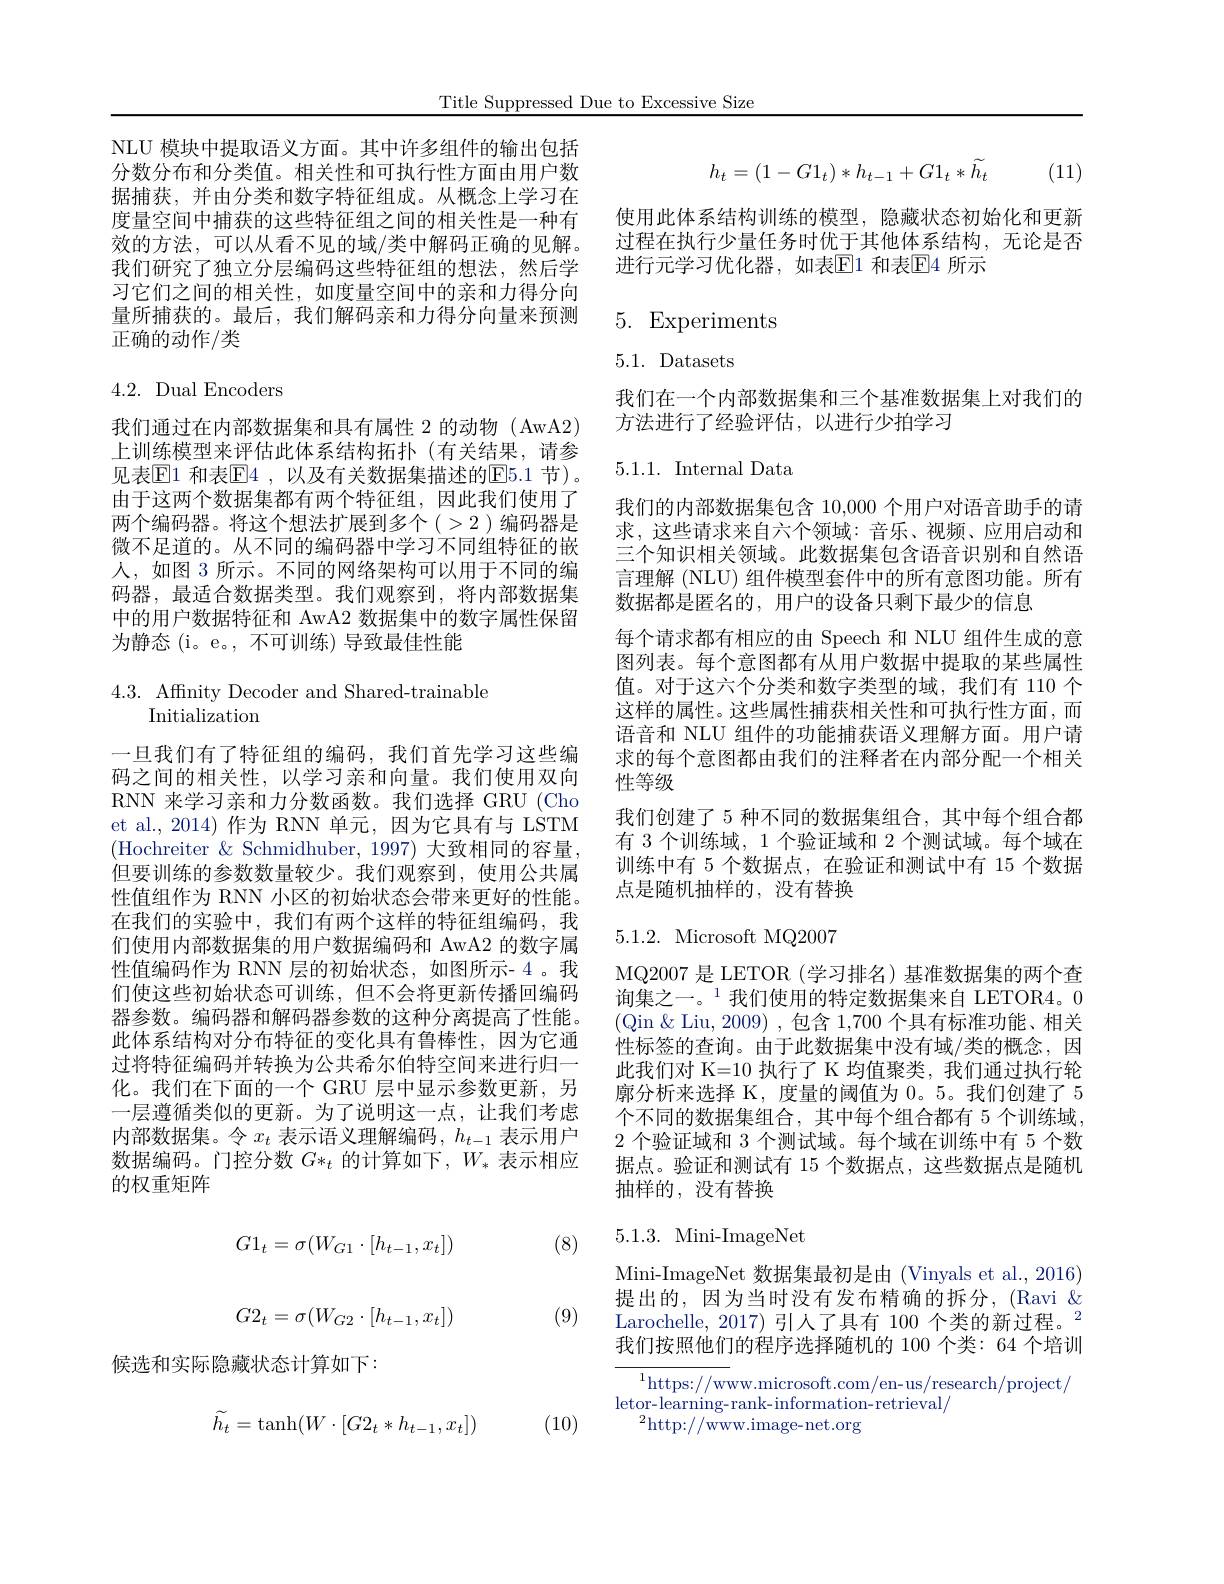
Title Suppressed Due to Excessive Size

NLU 模块中提取语义方面。其中许多组件的输出包括分数分布和分类值。相关性和可执行性方面由用户数据捕获，并由分类和数字特征组成。从概念上学习在度量空间中捕获的这些特征组之间的相关性是一种有效的方法，可以从看不见的域/类中解码正确的见解。我们研究了独立分层编码这些特征组的想法，然后学习它们之间的相关性，如度量空间中的亲和力得分向量所捕获的。最后，我们解码亲和力得分向量来预测正确的动作/类

## 4.2. Dual Encoders

我们通过在内部数据集和具有属性 2 的动物 (AwA2) 上训练模型来评估此体系结构拓扑(有关结果，请参见表$\mathbb{E}1$ 和表$\mathbb{E}4$, 以及有关数据集描述的$\mathbb{E}5.1$ 节)。由于这两个数据集都有两个特征组，因此我们使用了两个编码器。将这个想法扩展到多个(>2)编码器是微不足道的。从不同的编码器中学习不同组特征的嵌人，如图 3 所示。不同的网络架构可以用于不同的编码器，最适合数据类型。我们观察到，将内部数据集中的用户数据特征和 AwA2 数据集中的数字属性保留为静态(i。e。,不可训练)导致最佳性能

4.3. Affinity Decoder and Shared-trainable
Initialization

一旦我们有了特征组的编码，我们首先学习这些编码之间的相关性，以学习亲和向量。我们使用双向RNN 来学习亲和力分数函数。我们选择 GRU (Cho et al., 2014) 作为 RNN 单元，因为它具有与 LSTM (Hochreiter $\&$ Schmidhuber, 1997) 大致相同的容量但要训练的参数数量较少。我们观察到，使用公共属性值组作为 RNN 小区的初始状态会带来更好的性能。在我们的实验中，我们有两个这样的特征组编码，我们使用内部数据集的用户数据编码和 AwA2 的数字属性值编码作为 RNN 层的初始状态，如图所示- 4。我们使这些初始状态可训练，但不会将更新传播回编码器参数。编码器和解码器参数的这种分离提高了性能。此体系结构对分布特征的变化具有鲁棒性，因为它通过将特征编码并转换为公共希尔伯特空间来进行归一化。我们在下面的一个 GRU 层中显示参数更新，另一层遵循类似的更新。为了说明这一点，让我们考虑内部数据集。令$x_t$表示语义理解编码，$h_t-1$表示用户数据编码。门控分数$G*_t$的计算如下，$W_*$表示相应的权重矩阵

(8)
$$G1_{t}=\sigma(W_{G1}\cdot[h_{t-1},x_{t}])\\G2_{t}=\sigma(W_{G2}\cdot[h_{t-1},x_{t}])$$
(9)

候选和实际隐藏状态计算如下：

(10)
$$\tilde{h_t}=\tanh(W\cdot[G2_t*h_{t-1},x_t])$$
(11)
$$h_t=(1-G1_t)*h_{t-1}+G1_t*\widetilde{h_t}$$
使用此体系结构训练的模型，隐藏状态初始化和更新过程在执行少量任务时优于其他体系结构，无论是否进行元学习优化器，如表$\overline{\mathbb{E}}$1 和表$\boxed{\mathbb{E}}$4 所示

# 5. Experiments

5.1. Datasets

我们在一个内部数据集和三个基准数据集上对我们的
方法进行了经验评估，以进行少拍学习

5.1.1. Internal Data

我们的内部数据集包含 10,000 个用户对语音助手的请求，这些请求来自六个领域：音乐、视频、应用启动和三个知识相关领域。此数据集包含语音识别和自然语言理解 (NLU) 组件模型套件中的所有意图功能。所有数据都是匿名的，用户的设备只剩下最少的信息
每个请求都有相应的由 Speech 和 NLU 组件生成的意图列表。每个意图都有从用户数据中提取的某些属性值。对于这六个分类和数字类型的域，我们有 110 个这样的属性。这些属性捕获相关性和可执行性方面，而语音和 NLU 组件的功能捕获语义理解方面。用户请求的每个意图都由我们的注释者在内部分配一个相关性等级
我们创建了 5 种不同的数据集组合，其中每个组合都有 3 个训练域，1 个验证域和 2 个测试域。每个域在训练中有 5 个数据点，在验证和测试中有 15 个数据点是随机抽样的，没有替换

## $5.1.2.{\mathrm{~Microsoft~MQ2007}}$

MQ2007 是 LETOR (学习排名)基准数据集的两个查询集之一。$^{1}$我们使用的特定数据集来自 LETOR4。0 (Qin $\&$ Liu, 2009) , 包含 1,700 个具有标准功能、相关性标签的查询。由于此数据集中没有域/类的概念，因此我们对 K=10 执行了 K 均值聚类，我们通过执行轮廓分析来选择 K,度量的阈值为 0。5。我们创建了 5个不同的数据集组合，其中每个组合都有 5 个训练域， 2 个验证域和 3 个测试域。每个域在训练中有 5 个数据点。验证和测试有 15 个数据点，这些数据点是随机抽样的，没有替换

## $5.1.3.{\mathrm{~Mini-ImageNet}}$

Mini-ImageNet 数据集最初是由 (Vinyals et al., 2016) 提出的，因为当时没有发布精确的拆分，(Ravi $\&$ $\text{Larochelle, 2017) 引入了具有 100 个类的新过程。}^{2}$ $\text{华门按明他们的租官“性函防机的}_{100\text{ 公半}}^{2},f_{4}\text{个个时间}^{2}$ 我们按照他们的程序选择随机的 100 个类：64 个培训

$^{1}$https://www.microsoft.com/en-us/research/project/
$\operatorname*{letor-learning-rank-information-retrieval}/$
$^2$http://www.image-net.org